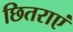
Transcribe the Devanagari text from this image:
छितराएं